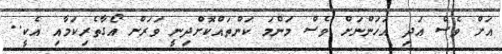
އަށް ވެސް އަދި އަހަންނަށް ވެސް މަންމަ ކަންތައްކޮށްދިނީ ވަރަށް އޯގާތެރިކަމާއި އެކީ..